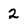
Character: 2